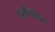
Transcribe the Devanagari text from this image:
धर्मकोश